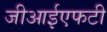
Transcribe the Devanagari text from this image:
जीआईएफटी